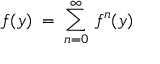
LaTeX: f ( y ) \; = \; \sum _ { n = 0 } ^ { \infty } \: f ^ { n } ( y )